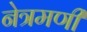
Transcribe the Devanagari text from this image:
नेत्रमणी